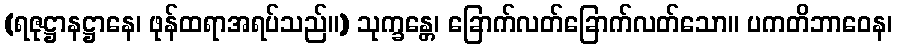
(ရဇုဋ္ဌာနဋ္ဌာနေ၊ ဖုန်ထရာအရပ်သည်။) သုက္ခန္တေ၊ ခြောက်လတ်ခြောက်လတ်သော။ ပကတိဘာဝေန၊